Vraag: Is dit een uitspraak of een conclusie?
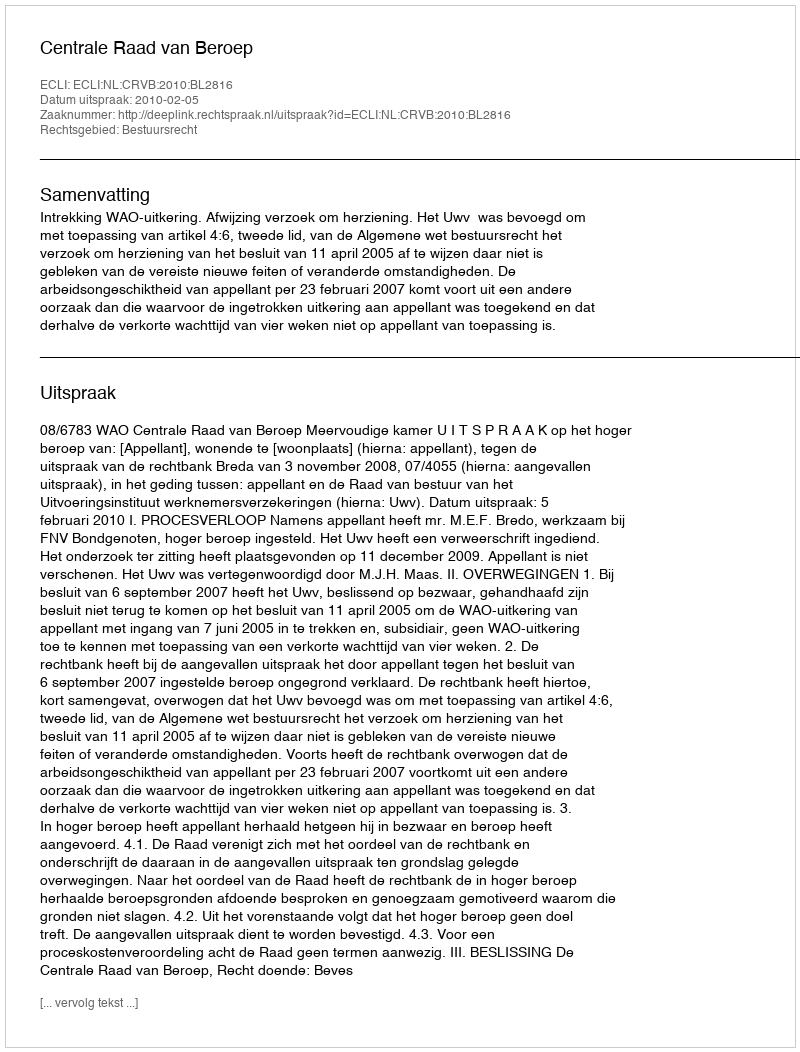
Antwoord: Uitspraak